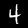
Digit: 4